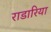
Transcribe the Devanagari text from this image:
राडारिया